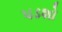
પડશો